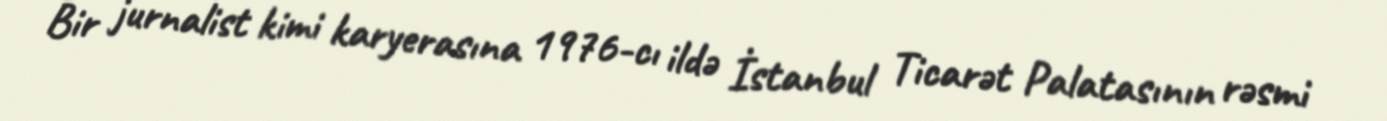
Bir jurnalist kimi karyerasına 1976-cı ildə İstanbul Ticarət Palatasının rəsmi